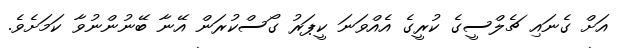
އަށް ގެނައި ޗެލްސީގެ ކުރީގެ އެއްވަނަ ކީޕަރު ގޯސްކުރަން އޭނާ ބޭނުންނުވާ ކަމަށެވެ.